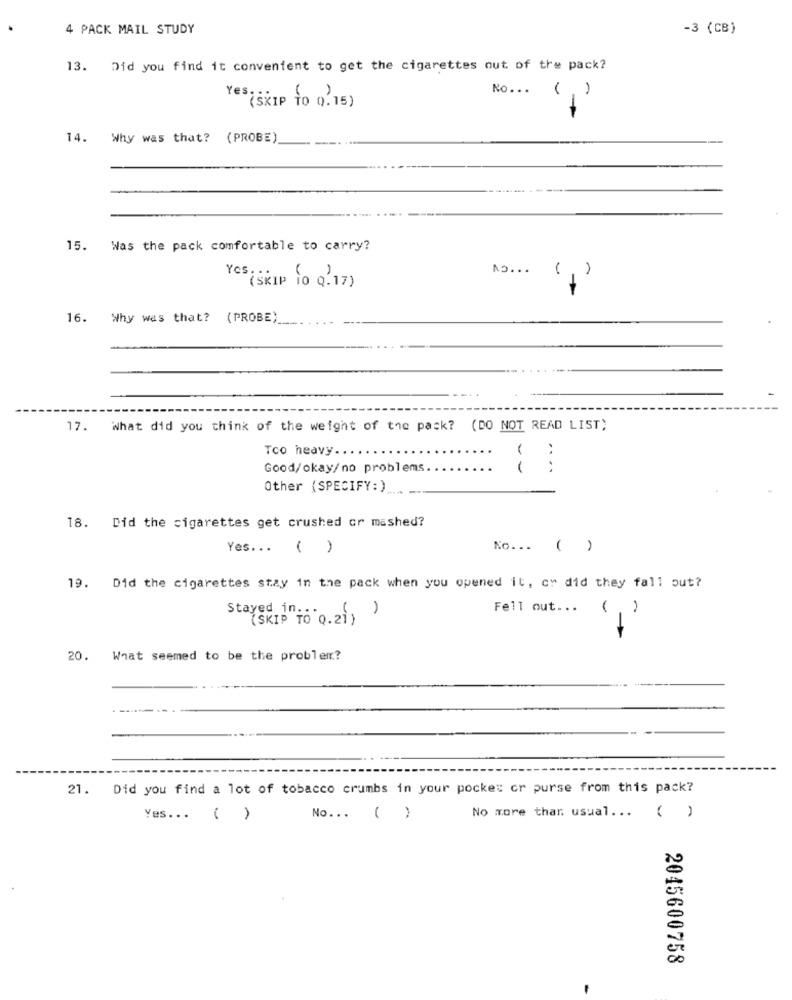
4 PACK MAIL STUDY
-3 (CB)
13. Did you find it convenient to get the cigarettes out of the pack?
No ...
"(SKIP TO 0.15)
()
14. Why was that? (PROBE)
15. Was the pack comfortable to carry?
Ao ... ()
YCS SKIP 10 0.17)
16. Why was that? (PROBE)
17. What did you think of the weight of the pack? (DO NOT READ LIST)
Too heavy ..
...
Good/okay/no problems.
Other (SPECIFY: )_
18. Did the cigarettes get crushed or mashed?
Yes ...
( )
No ...
( )
19. Did the cigarettes stay in the pack when you opened it, cy did they fall out?
Stayed in .:
(, )
Fell out ...
(SKIP TO Q.21)
-
20.
What seemed to be the problem?
21.
Did you find a lot of tobacco crumbs in your pocket or purse from this pack?
Yes ... ( )
No ... ( )
No more than usual ... ( )
2045600758